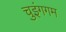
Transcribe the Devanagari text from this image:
चुइंगगम